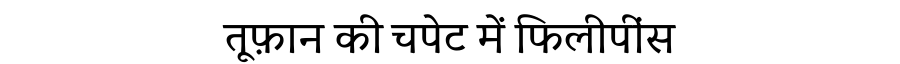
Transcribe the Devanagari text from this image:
तूफ़ान की चपेट में फिलीपींस